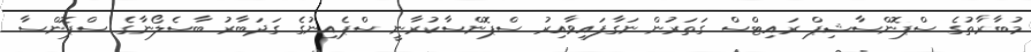
މުބާރާތުގެ ސްޕޮންސާޝިޕް ރައިޓްސް ގަތަރުން ނަގާފައިވާއިރު ސްޕޮންސާކުރާނީ ސްޕެއިނުގެ ގަދަބާރު ބާސެލޯނާގެ ސްޕޮންސާ